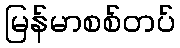
မြန်မာစစ်တပ်